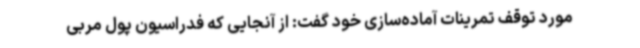
مورد توقف تمرینات آماده‌سازی خود گفت: از آنجایی که فدراسیون پول مربی